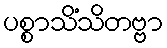
ပစ္စာသိံသိတဗ္ဗာ